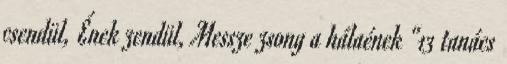
csendül, Ének zendül, Messze zsong a hálaének “13 tanács